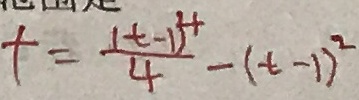
t = \frac { ( t - 1 ) ^ { 4 } } { 4 } - ( t - 1 ) ^ { 2 }